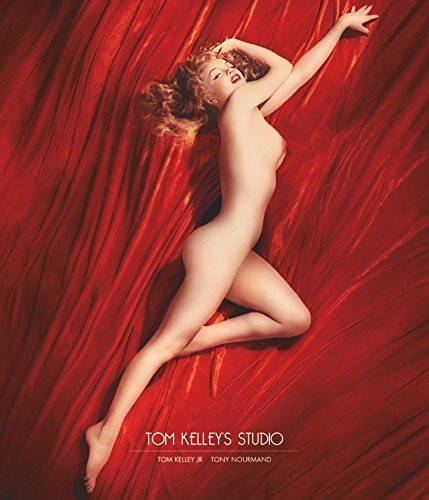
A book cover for Tom Kelley's Studio; Peter Doggett; Arts & Photography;